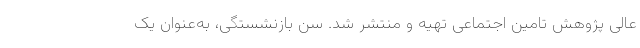
عالی پژوهش تامین اجتماعی تهیه و منتشر شد. سن بازنشستگی، به‌عنوان یک